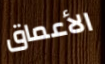
الأعماق